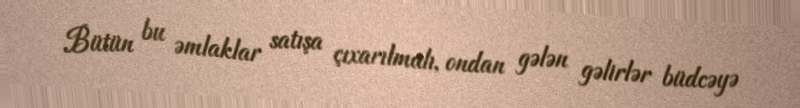
Bütün bu əmlaklar satışa çıxarılmalı, ondan gələn gəlirlər büdcəyə